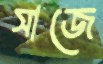
সাজে